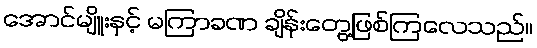
အောင်မျိူးနှင့် မကြာခဏ ချိန်းတွေ့ဖြစ်ကြလေသည်။